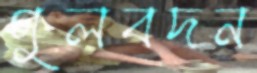
গুলবদন